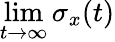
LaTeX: \operatorname*{lim}_{t\to\infty}\sigma_{x}(t)